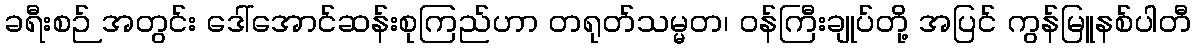
ခရီးစဉ် အတွင်း ဒေါ်အောင်ဆန်းစုကြည်ဟာ တရုတ်သမ္မတ၊ ဝန်ကြီးချုပ်တို့ အပြင် ကွန်မြူနစ်ပါတီ